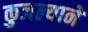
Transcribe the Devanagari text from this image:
कुजल्याने